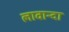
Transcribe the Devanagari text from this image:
लावान्दा